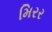
મિરર